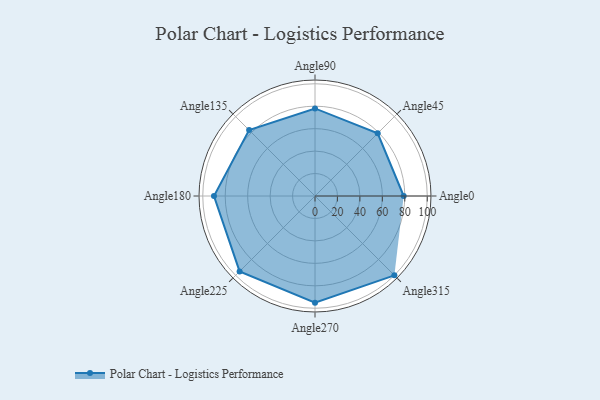
{"axis": {"x": "Angle", "y": "Radius"}, "legend": [""], "data": [{"x": "Angle0", "y": 79.0, "type": ""}, {"x": "Angle45", "y": 79.0, "type": ""}, {"x": "Angle90", "y": 78.0, "type": ""}, {"x": "Angle135", "y": 83.0, "type": ""}, {"x": "Angle180", "y": 90.0, "type": ""}, {"x": "Angle225", "y": 95.0, "type": ""}, {"x": "Angle270", "y": 95.0, "type": ""}, {"x": "Angle315", "y": 100.0, "type": ""}]}